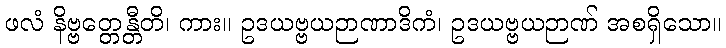
ဖလံ နိဗ္ဗတ္တေန္တီတိ၊ ကား။ ဥဒယဗ္ဗယဉာဏာဒိကံ၊ ဥဒယဗ္ဗယဉာဏ် အစရှိသော။